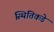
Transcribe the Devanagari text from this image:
स्थितिकडे